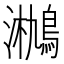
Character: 𤄄